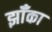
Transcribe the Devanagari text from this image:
झॉँका